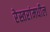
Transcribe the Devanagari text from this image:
रेस्तरांमधील